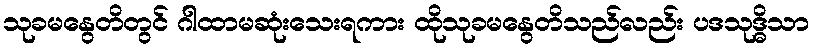
သုခမနွေတိတွင် ဂါထာမဆုံးသေးရကား ထိုသုခမနွေတိသည်လည်း ပဒသုဒ္ဓိသာ